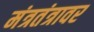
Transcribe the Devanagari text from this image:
मंत्रतंत्रावर